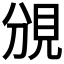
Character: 𧠚